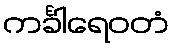
ကင်္ခါရေဝတံ